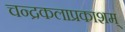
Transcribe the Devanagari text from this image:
चन्द्रकलाप्रकाशम्